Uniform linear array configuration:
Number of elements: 4
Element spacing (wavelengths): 1
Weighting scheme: kaiser
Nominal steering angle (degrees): -30
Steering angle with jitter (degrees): -28.167
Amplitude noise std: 0.05
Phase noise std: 0.05

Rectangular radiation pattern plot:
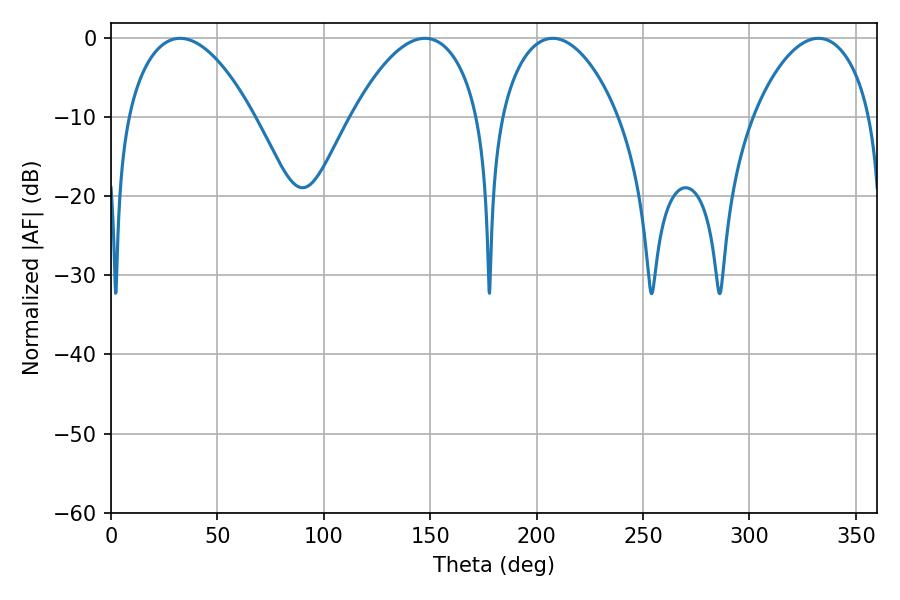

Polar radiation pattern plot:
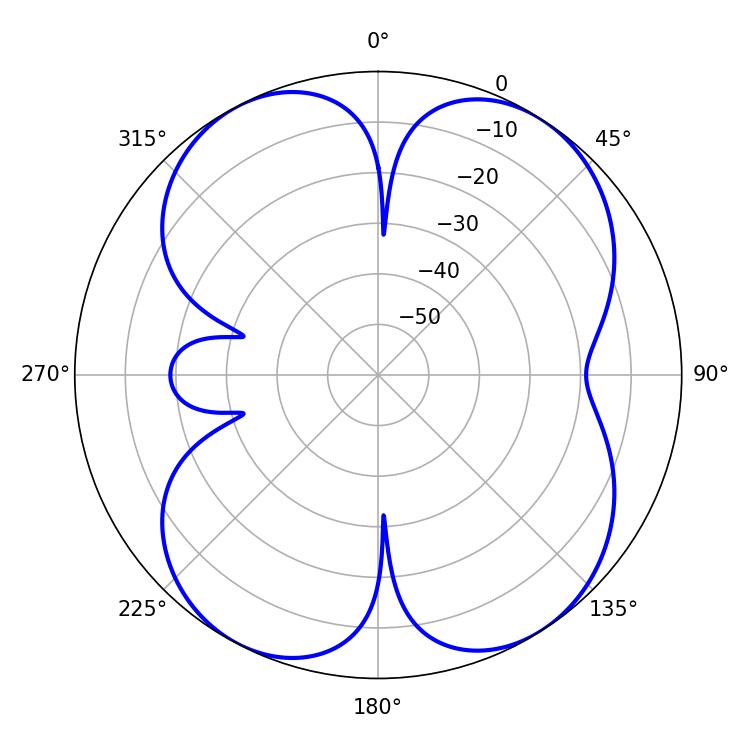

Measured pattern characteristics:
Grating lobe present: TRUE
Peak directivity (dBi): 11.293
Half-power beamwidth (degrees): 31.14
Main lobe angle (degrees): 207.54